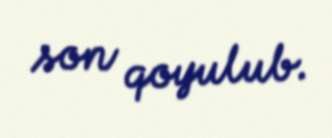
son qoyulub.